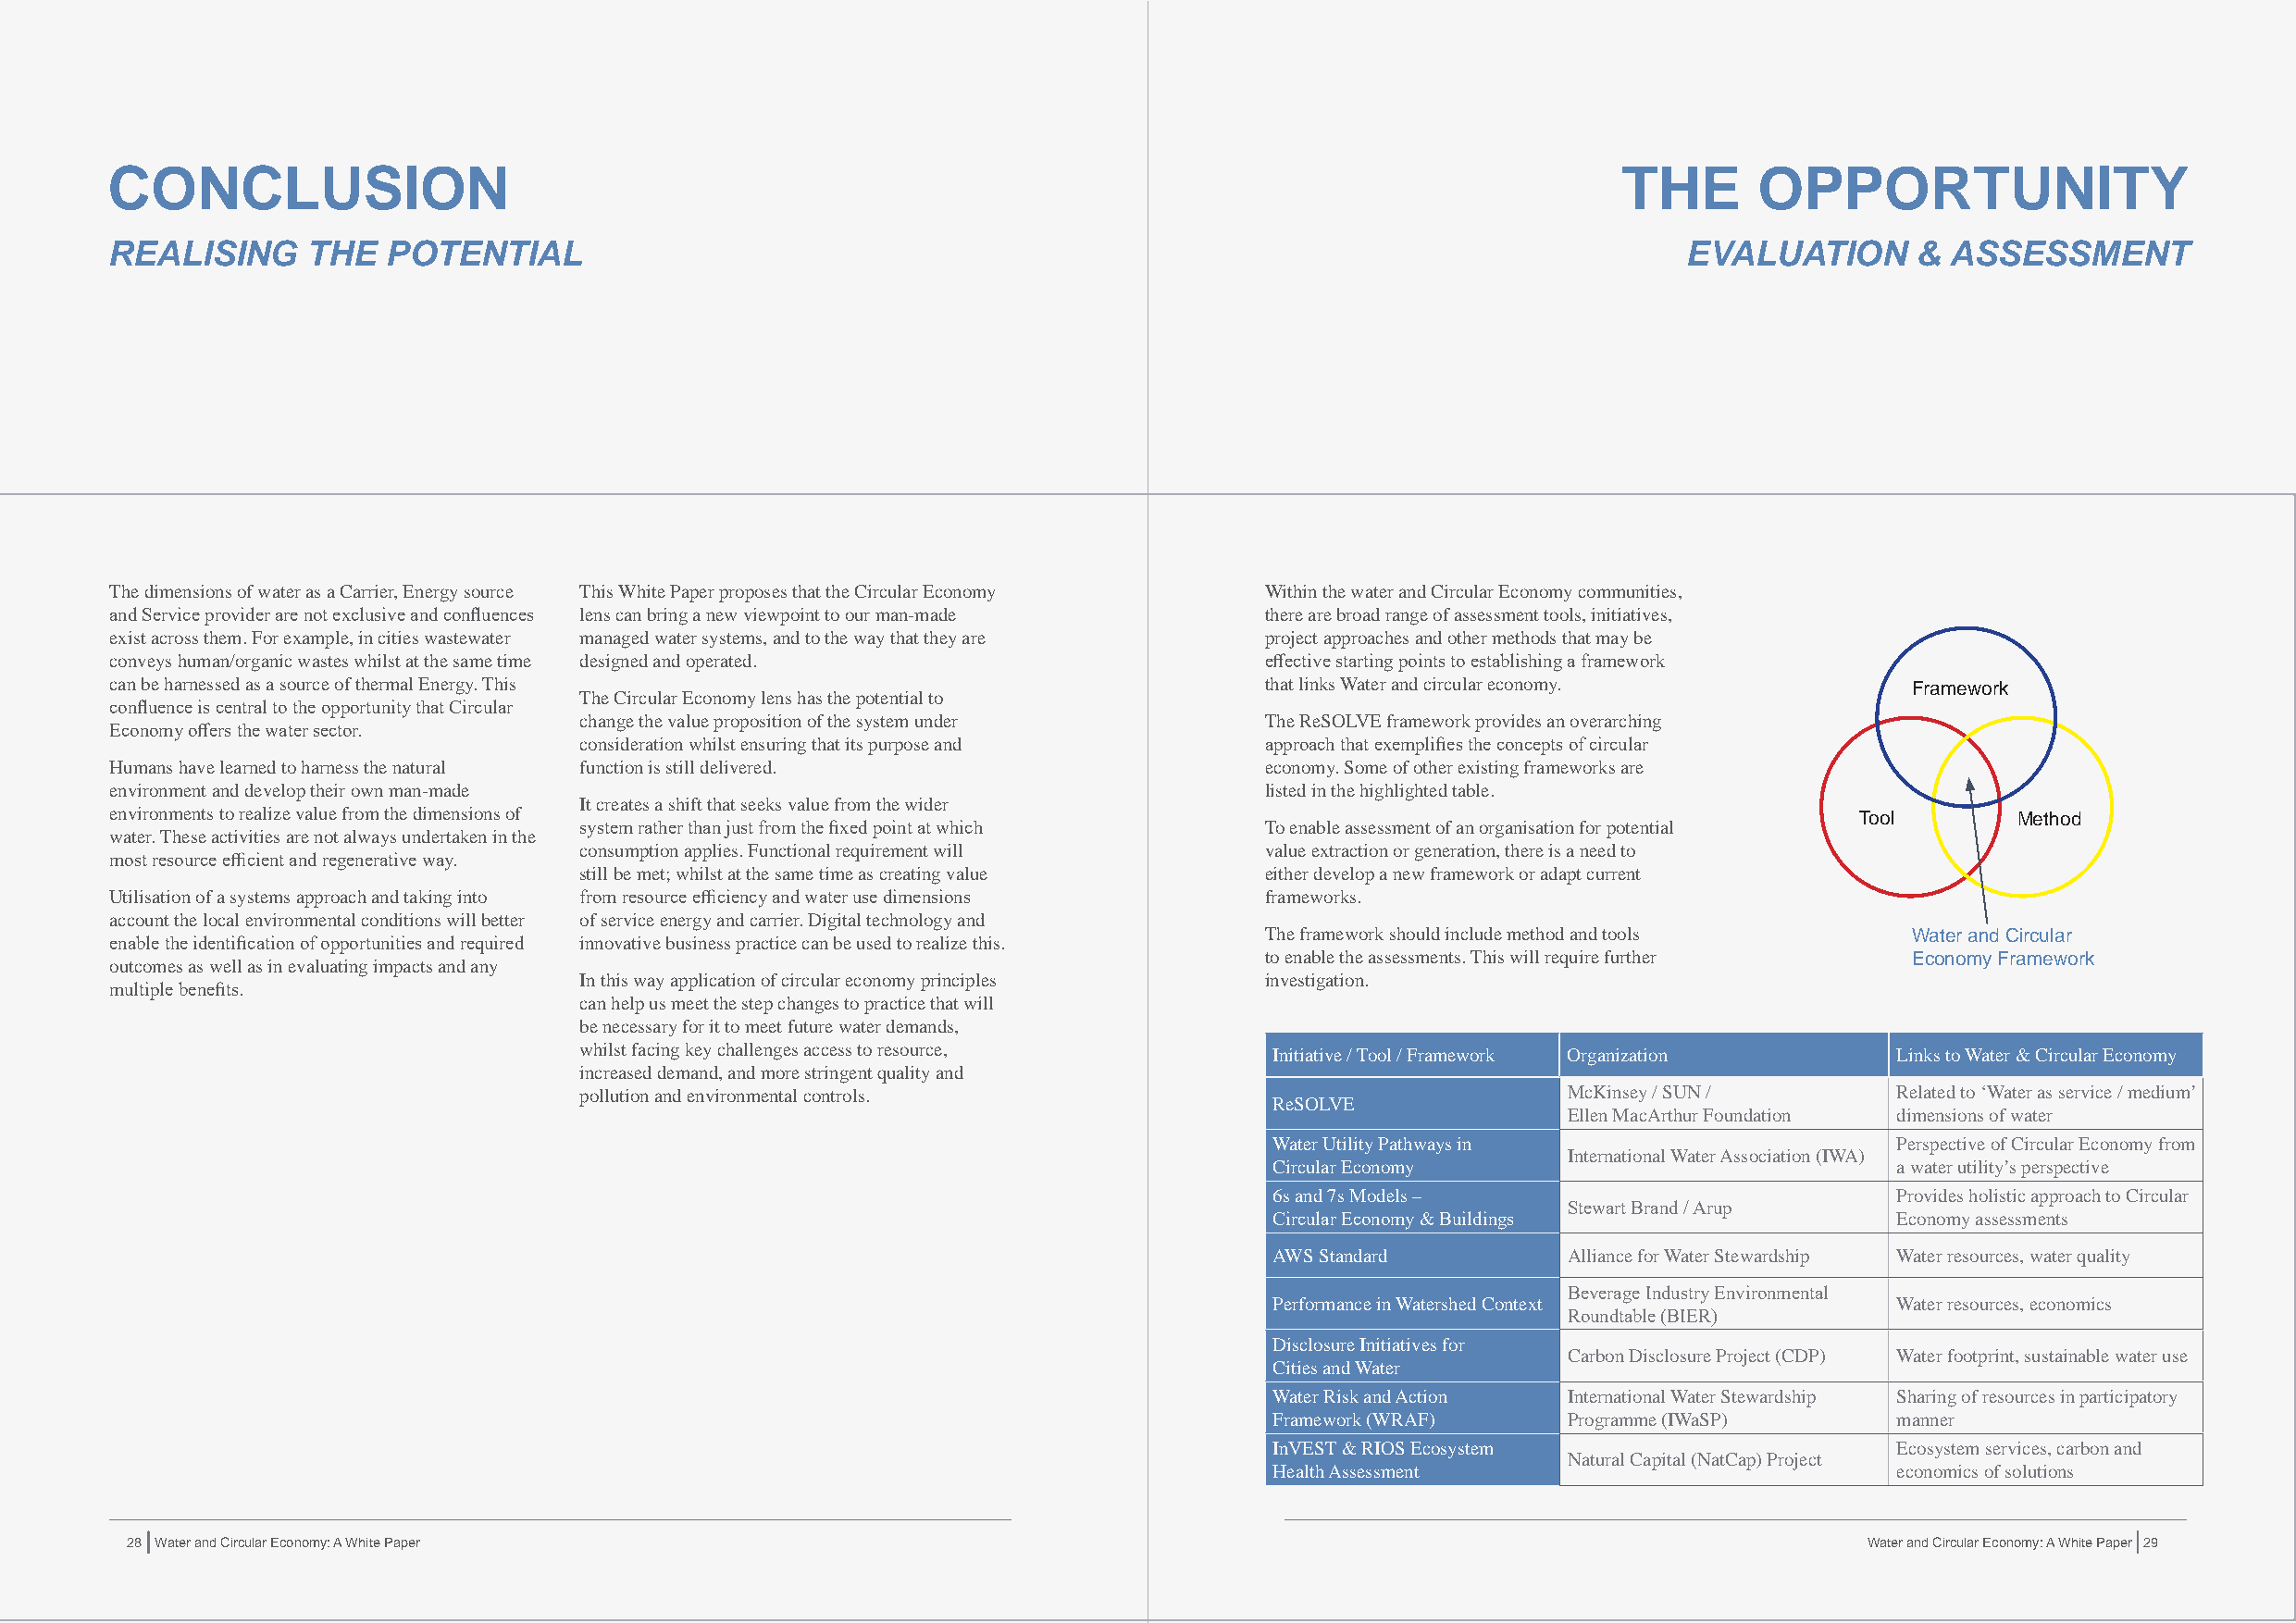
CONCLUSION                                                                                                  THE       OPPORTUNITY
 REALISING     THE   POTENTIAL                                                                                    EVALUATION      & ASSESSMENT
 The dimensions of water as a Carrier, Energy source This White Paper proposes that the Circular Economy Within the water and Circular Economy communities,
 and Service provider are not exclusive and confluences lens can bring a new viewpoint to our man-made there are broad range of assessment tools, initiatives,
 exist across them. For example, in cities wastewater managed water systems, and to the way that they are project approaches and other methods that may be
 conveys human/organic wastes whilst at the same time designed and operated.       effective starting points to establishing a framework
 can be harnessed as a source of thermal Energy. This                              that links Water and circular economy.         Framework
 The Circular Economy lens has the potential to
 confluence is central to the opportunity that Circular
 change the value proposition of the system under The ReSOLVE framework provides an overarching
 Economy offers the water sector.
 consideration whilst ensuring that its purpose and approach that exemplifies the concepts of circular
 Humans have learned to harness the natural function is still delivered.           economy. Some of other existing frameworks are
 environment and develop their own man-made                                        listed in the highlighted table.
 It creates a shift that seeks value from the wider
 environments to realize value from the dimensions of                                                                         Tool       Method
 system rather than just from the fixed point at which To enable assessment of an organisation for potential
 water. These activities are not always undertaken in the
 consumption applies. Functional requirement will value extraction or generation, there is a need to
 most resource efficient and regenerative way.
 still be met; whilst at the same time as creating value either develop a new framework or adapt current
 Utilisation of a systems approach and taking into from resource efficiency and water use dimensions frameworks.
 account the local environmental conditions will better of service energy and carrier. Digital technology and
 The framework should include method and tools  Water and Circular
 enable the identification of opportunities and required innovative business practice can be used to realize this.
 to enable the assessments. This will require further Economy Framework
 outcomes as well as in evaluating impacts and any
 In this way application of circular economy principles investigation.
 multiple benefits.
 can help us meet the step changes to practice that will
 be necessary for it to meet future water demands,
 whilst facing key challenges access to resource,  Initiative / Tool / Framework Organization   Links to Water & Circular Economy
 increased demand, and more stringent quality and
 pollution and environmental controls.                                  McKinsey / SUN /        Related to ‘Water as service / medium’
 ReSOLVE
 Ellen MacArthur Foundation dimensions of water
 Water Utility Pathways in                    Perspective of Circular Economy from
 International Water Association (IWA)
 Circular Economy                             a water utility’s perspective
 6s and 7s Models –                           Provides holistic approach to Circular
 Stewart Brand / Arup
 Circular Economy & Buildings                 Economy assessments
 AWS Standard         Alliance for Water Stewardship Water resources, water quality
 Beverage Industry Environmental
 Performance in Watershed Context             Water resources, economics
 Roundtable (BIER)
 Disclosure Initiatives for
 Carbon Disclosure Project (CDP) Water footprint, sustainable water use
 Cities and Water
 Water Risk and Action International Water Stewardship Sharing of resources in participatory
 Framework (WRAF)     Programme (IWaSP)       manner
 InVEST & RIOS Ecosystem                      Ecosystem services, carbon and
 Natural Capital (NatCap) Project
 Health Assessment                            economics of solutions
 28 Water and Circular Economy: A White Paper                                                                                 Water and Circular Economy: A White Paper 29